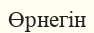
Өрнегін